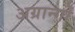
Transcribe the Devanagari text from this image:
अग्रान्गों